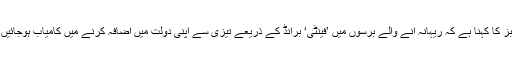
فوربز کا کہنا ہے کہ ریہانہ آنے والے برسوں میں ’فینٹی‘ برانڈ کے ذریعے تیزی سے اپنی دولت میں اضافہ کرنے میں کامیاب ہوجائیں گی۔